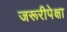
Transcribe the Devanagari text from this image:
जरूरीपेक्षा